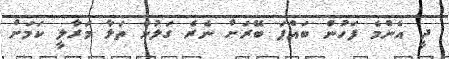
ދީ އެންމެ ފަހުން ބައްޕަ ބޭރަށް ނެރެ ގަލުން ތަޅާ މަރާލީ ކަމަށް